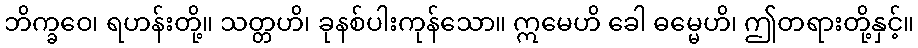
ဘိက္ခဝေ၊ ရဟန်းတို့။ သတ္တဟိ၊ ခုနစ်ပါးကုန်သော။ ဣမေဟိ ခေါ ဓမ္မေဟိ၊ ဤတရားတို့နှင့်။